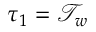
\tau _ { 1 } = \mathcal { T } _ { w }